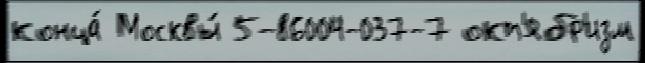
конца́ Москвы́ 5-86004-037-7 окт'ябр'изм